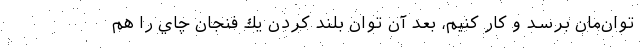
توان‌مان برسد و كار كنيم، بعد آن توان بلند كردن يك فنجان چاي را هم